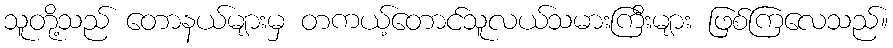
သူတို့သည် တောနယ်များမှ တကယ့်တောင်သူလယ်သမားကြီးများ ဖြစ်ကြလေသည်။